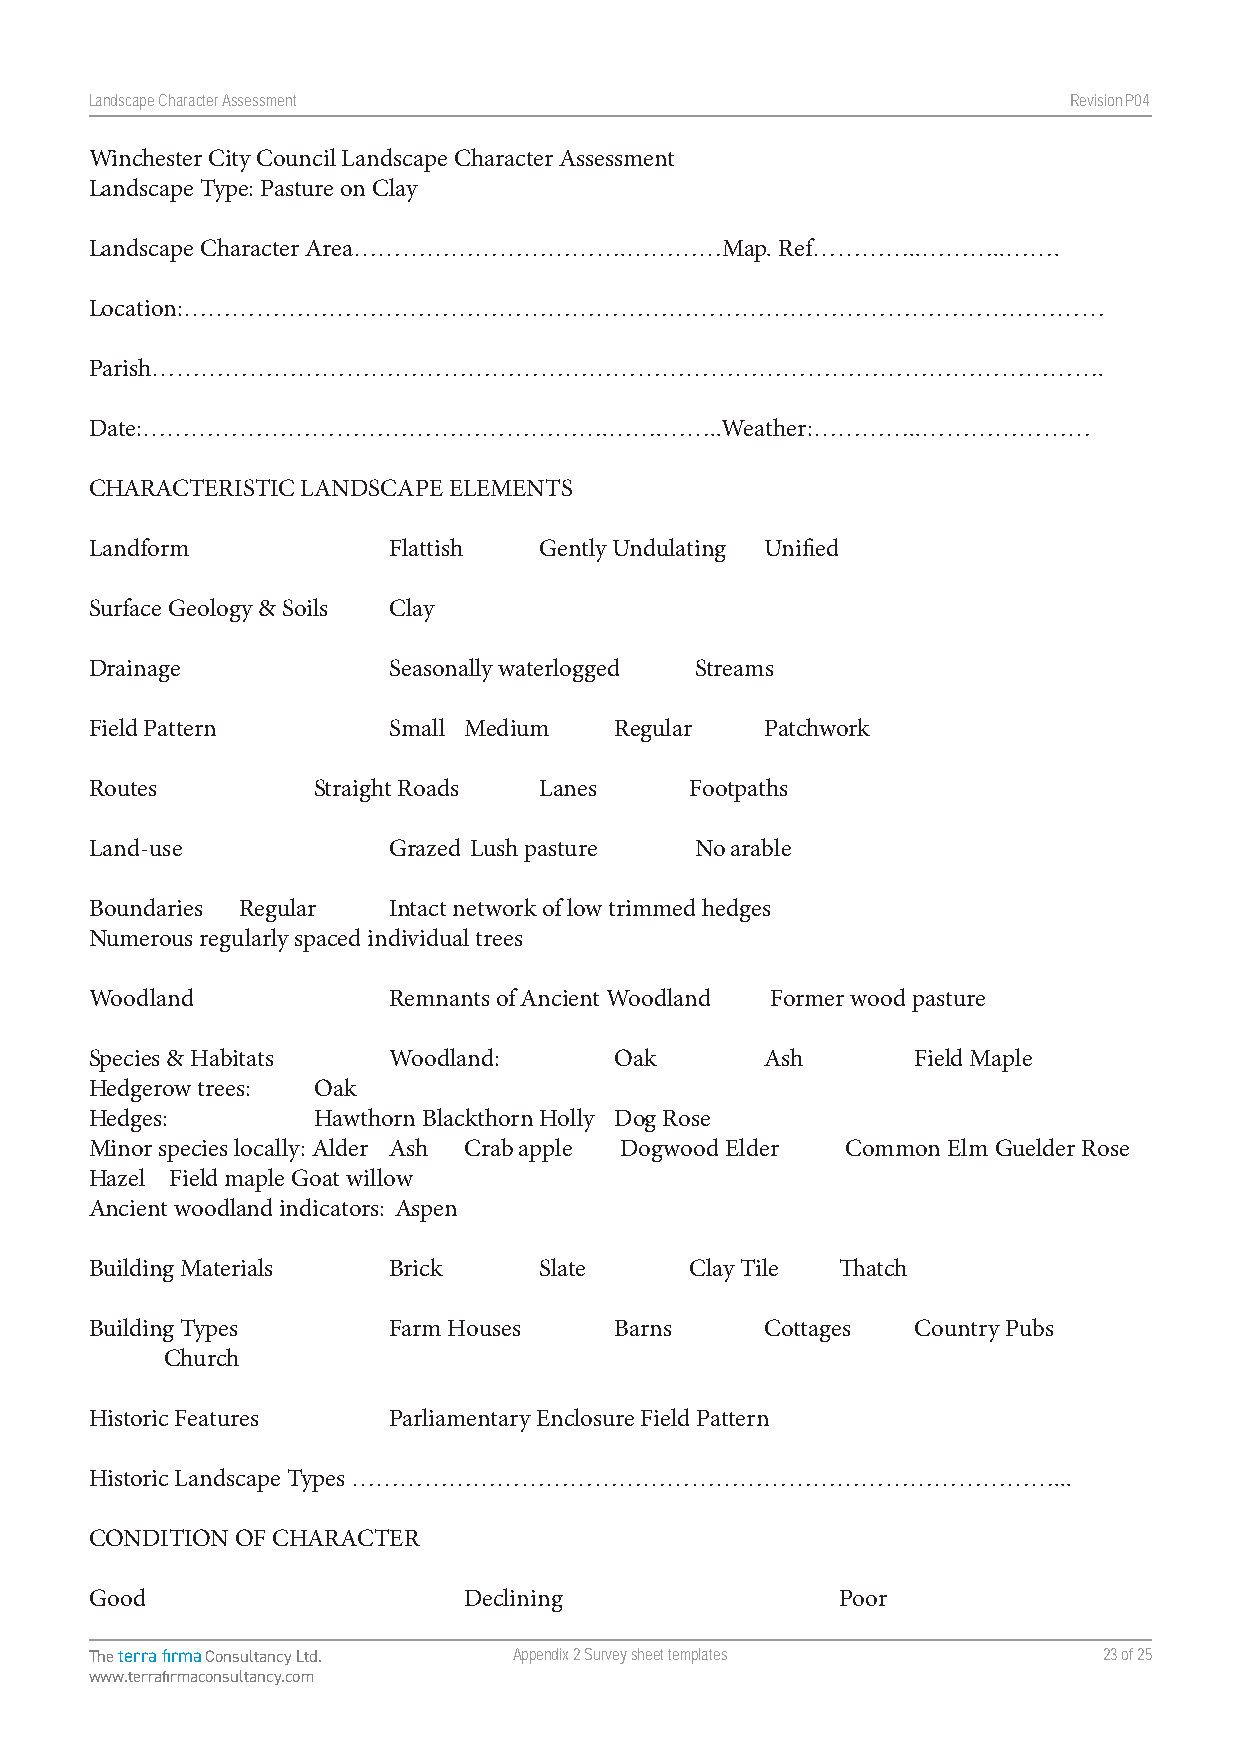
Landscape Character Assessment                                   RevisionP047
 Winchester City Council Landscape Character Assessment
 Landscape Type: Pasture on Clay
 Landscape Character Area…………………………….…………Map.  Ref…………..………..…….
 Location:……………………………………………………………………………………………………
 Parish……………………………………………………………………………………………………….
 Date:………………………………………………….…….……..Weather:…………..…………………
 CHARACTERISTIC LANDSCAPE ELEMENTS
 Landform            Flattish  Gently Undulating Unified
 Surface Geology & Soils Clay
 Drainage            Seasonally waterlogged Streams
 Field Pattern       Small Medium   Regular   Patchwork
 Routes         Straight Roads Lanes     Footpaths
 Land-use            Grazed Lush pasture No arable
 Boundaries Regular  Intact network of low trimmed hedges
 Numerous regularly spaced individual trees
 Woodland            Remnants of Ancient Woodland Former wood pasture
 Species & Habitats  Woodland:      Oak       Ash      Field Maple
 Hedgerow trees: Oak
 Hedges:        Hawthorn Blackthorn Holly Dog Rose
 Minor species locally: Alder Ash Crab apple Dogwood Elder Common Elm Guelder Rose
 Hazel Field maple Goat willow
 Ancient woodland indicators: Aspen
 Building Materials  Brick     Slate     Clay Tile Thatch
 Building Types      Farm Houses    Barns     Cottages Country Pubs
 Church
 Historic Features   Parliamentary Enclosure Field Pattern
 Historic Landscape Types ……………………………………………………………………………...
 CONDITION OF CHARACTER
 Good                     Declining                Poor
 The terra firma Consultancy Ltd. Appendix 2 Survey sheet templates 23 of 25
 www.terrafirmaconsultancy.com